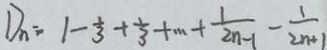
D _ { n } = 1 - \frac { 1 } { 3 } + \frac { 1 } { 3 } + \cdots + \frac { 1 } { 2 n - 1 } - \frac { 1 } { 2 n + 1 }